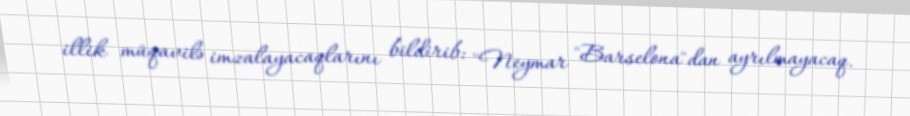
illik müqavilə imzalayacaqlarını bildirib: "Neymar "Barselona"dan ayrılmayacaq.